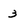
Character: 3